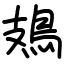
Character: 鳷